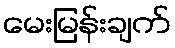
မေးမြန်းချက်